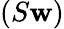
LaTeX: (S\mathbf{w})